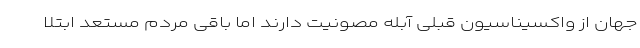
جهان از واکسیناسیون قبلی آبله مصونیت دارند اما باقی مردم مستعد ابتلا